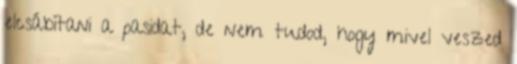
elcsábítani a pasidat, de nem tudod, hogy mivel veszed